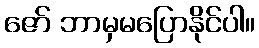
ဇော် ဘာမှမပြောနိုင်ပါ။